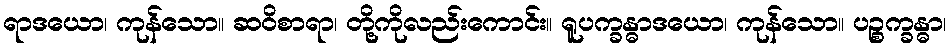
ရာဒယော၊ ကုန်သော။ ဆဝိစာရာ၊ တို့ကိုလည်းကောင်း။ ရူပက္ခန္ဓာဒယော၊ ကုန်သော။ ပဉ္စက္ခန္ဓာ၊